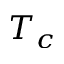
T _ { c }